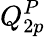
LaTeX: Q_{2p}^{P}